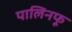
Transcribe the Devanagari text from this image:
पालिनफू